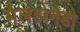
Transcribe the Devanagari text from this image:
मैलडोनेडो